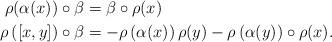
LaTeX: \begin{align*}\rho(\alpha(x))\circ \beta&=\beta\circ \rho(x)\\\rho\left([x,y] \right)\circ \beta &=-\rho\left(\alpha(x)\right)\rho(y)- \rho\left( \alpha(y)\right) \circ \rho(x). \end{align*}